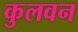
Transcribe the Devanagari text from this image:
कुलवन